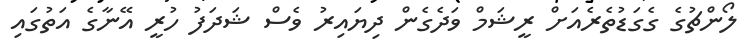
ލޯންޗުގެ ގެގަޑުތެރެއަށް ރީޝަމް ވަދެގެން ދިޔައިރު ވެސް ޝަދަފު ހުރީ އޭނާގެ އަތުގައި